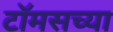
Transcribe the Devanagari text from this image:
टॉमसच्या